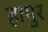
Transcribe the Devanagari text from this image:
हापुर